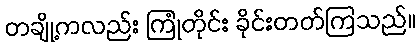
တချို့ကလည်း ကြုံတိုင်း ခိုင်းတတ်ကြသည်။